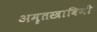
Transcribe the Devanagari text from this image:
अमृतस्त्राविणी